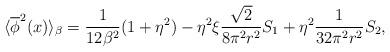
LaTeX: \begin{align*}\langle\overline{\phi}^2(x)\rangle_{\beta}=\frac{1}{12\beta^2}(1+\eta^2)-\eta^2\xi\frac{\sqrt{2}}{8\pi^2r^2}S_1+\eta^2\frac{1}{32\pi^2r^2}S_2,\end{align*}